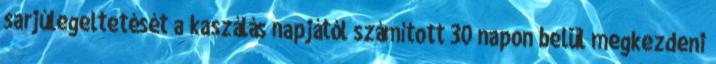
sarjúlegeltetését a kaszálás napjától számított 30 napon belül megkezdeni